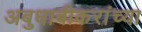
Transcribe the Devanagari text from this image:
अबुधाबीकरांच्या